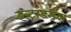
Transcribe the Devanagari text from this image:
इन्ट्राडर्मल